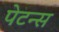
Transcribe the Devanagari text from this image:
पेटन्स